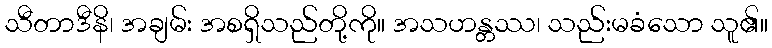
သီတာဒီနိ၊ အချမ်း အစရှိသည်တို့ကို။ အသဟန္တဿ၊ သည်းမခံသော သူ၏။